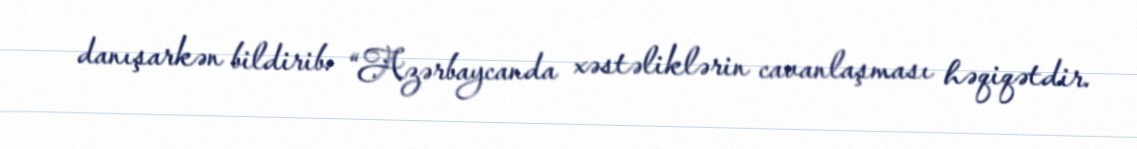
danışarkən bildirib: “Azərbaycanda xəstəliklərin cavanlaşması həqiqətdir.